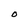
Character: O